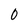
Character: 0